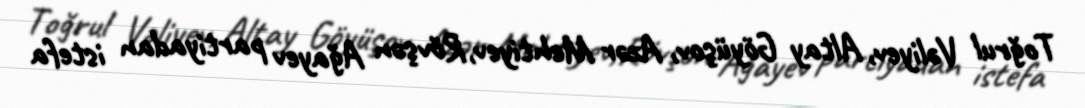
Toğrul Vəliyev, Altay Göyüşov, Azər Mehtiyev,Rövşən Ağayev partiyadan istefa